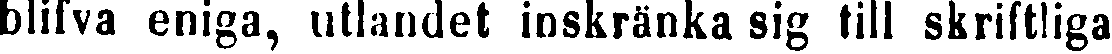
blifva eniga, utlandet inskränka sig till skriftliga